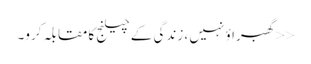
<<گھبراؤ نہیں ، زندگی کے چیلنج کا مقابلہ کرو۔